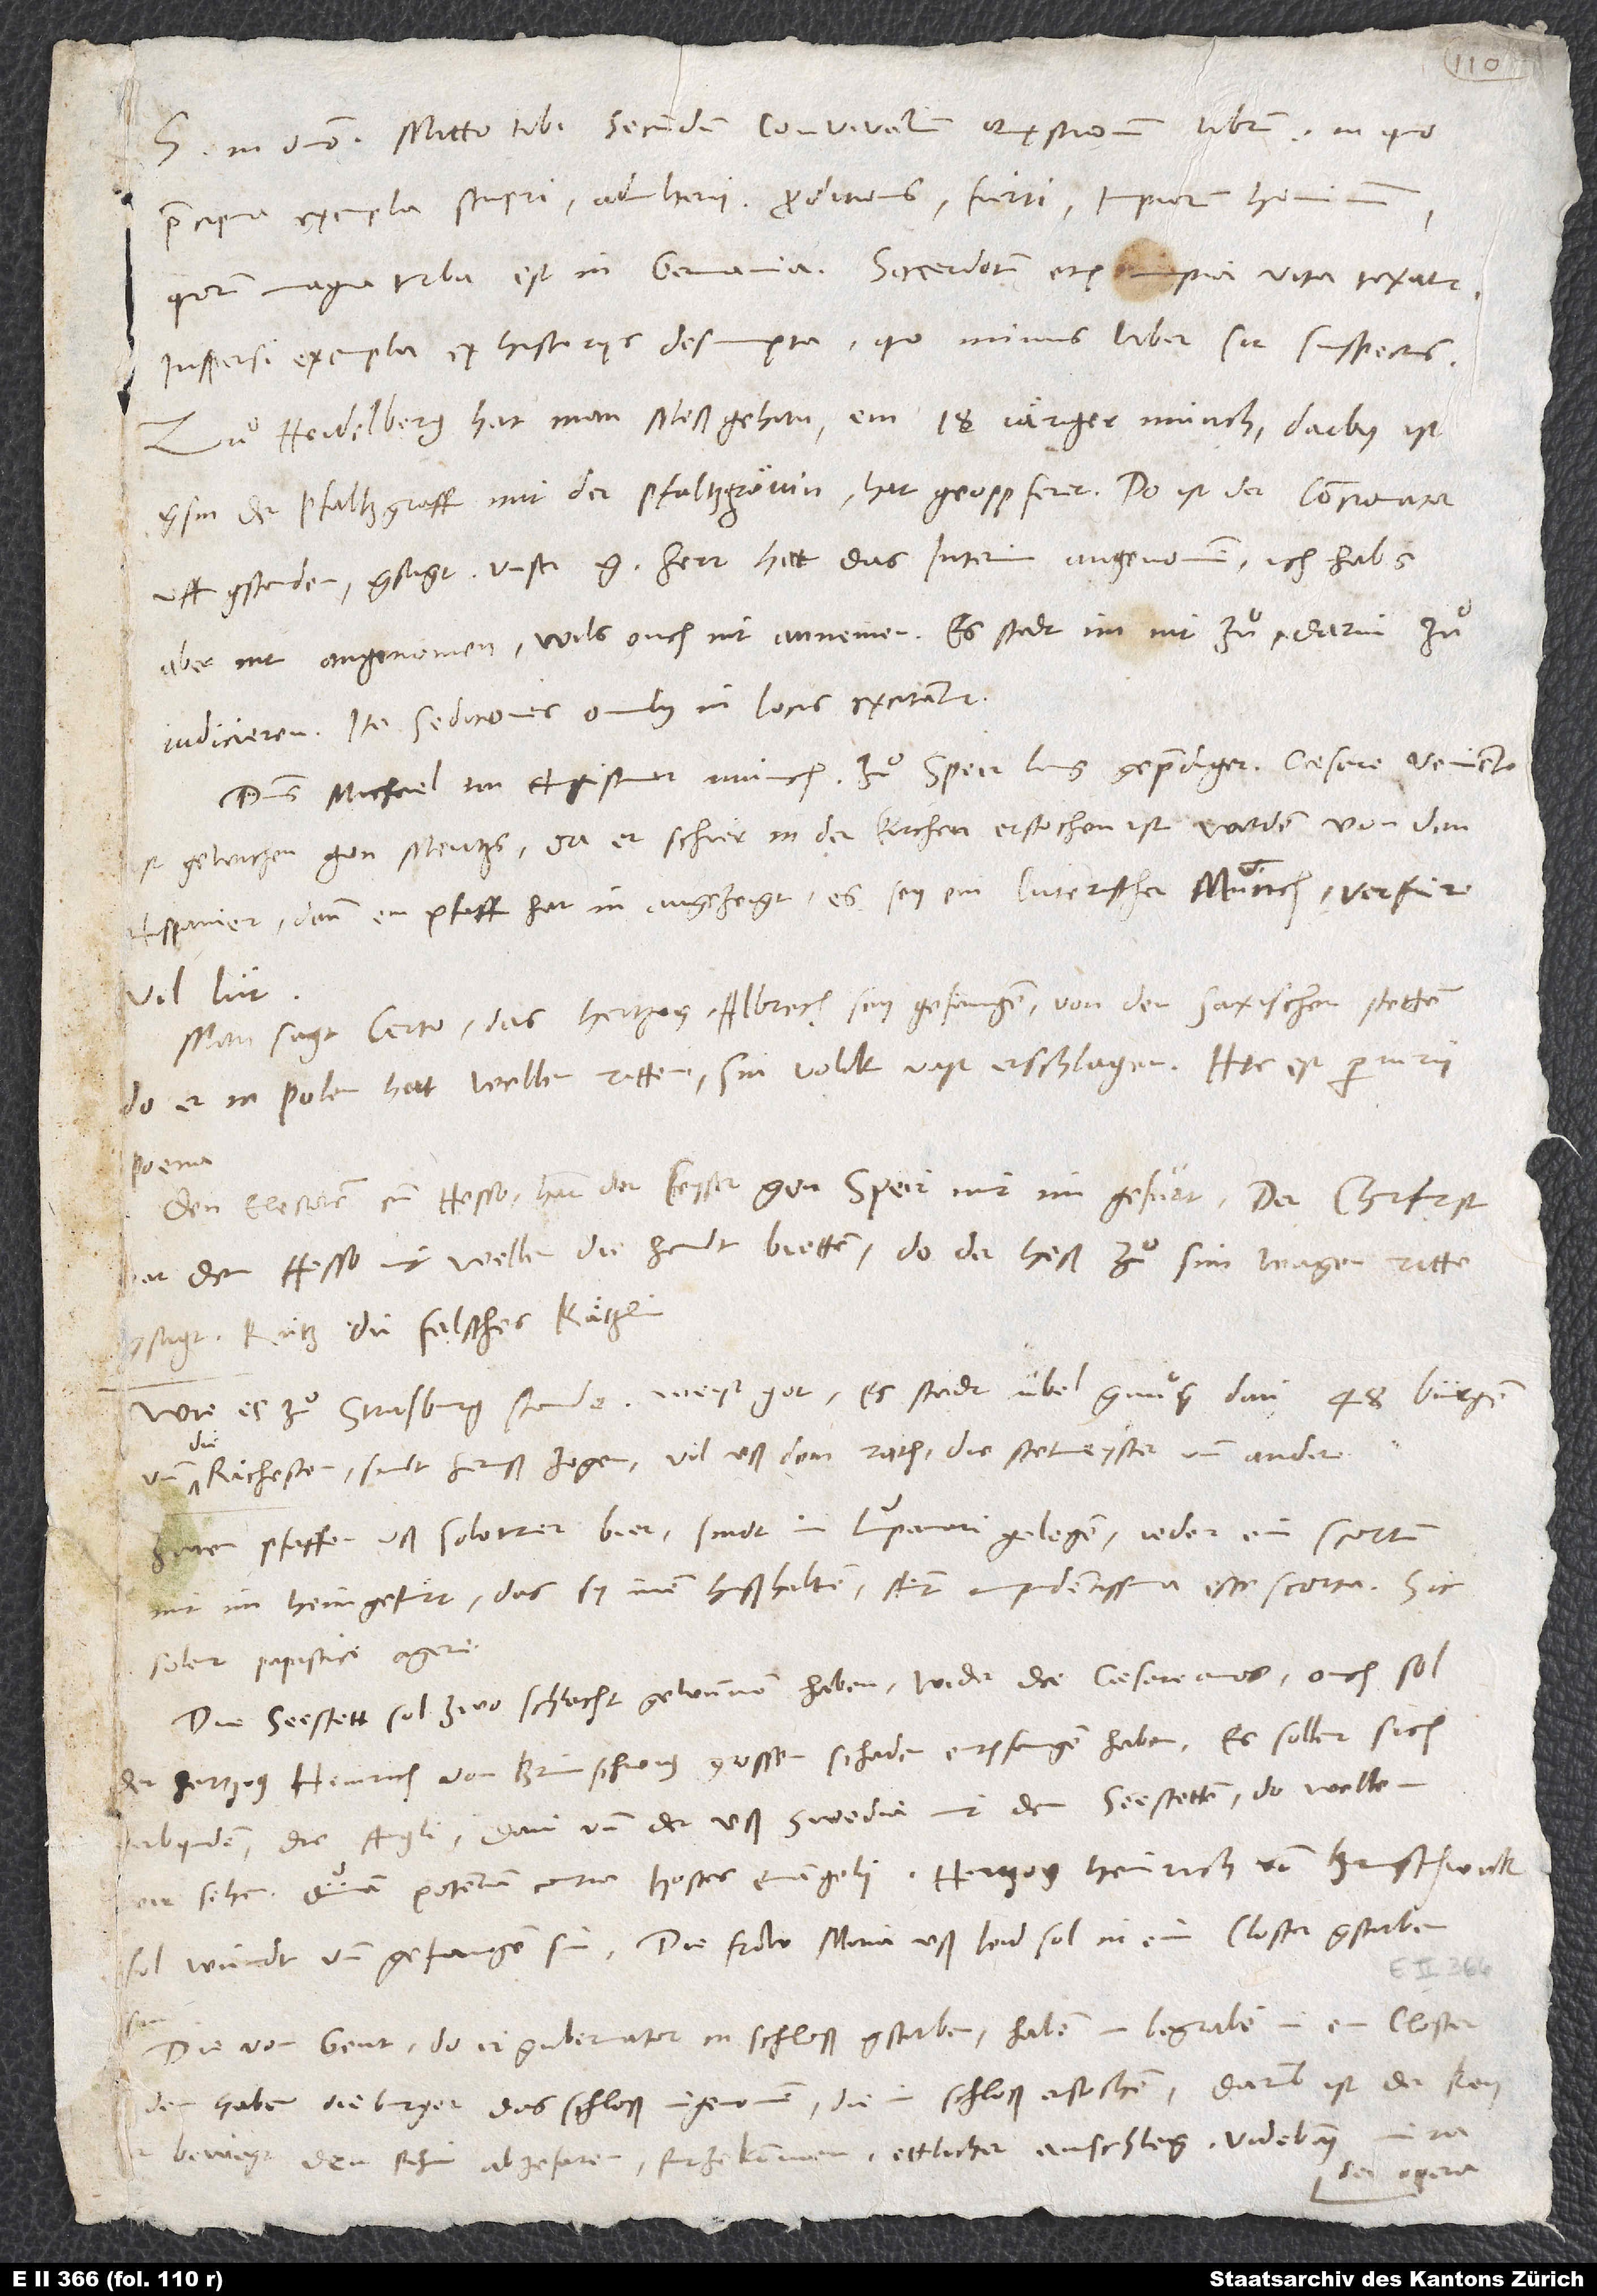
S. in domino. Mitto tibi secundum Convivalium quęstionum librum, in quo
praecipua exempla stupri, adulterii, proditionis, furti, impiorum hominum,
quorum magna turba est in Germania, sacerdotum etiam impia vita taxatur.
Inspersi exempla ex historiis desumpta, quo minus liber sit suspectus.
Zuͦ Heidelberg hat man meß gehan, ein 18järiger münch. Darby ist
gsin der pfaltzgraff mit der pfaltzgrävin, hat geopferet. Do ist der concionator
uffgstanden, gsagt: "Unser gnädiger herr hat das Interim angenomen; ich habs
aber nit angenomen, wils ouch nit annemen. Es stadt im nit zuͦ, darin zuͦ
judicieren." Ita seditiones omnibus in locis excitantur.
Dominus Michael, ein Augustiner münch, zuͦ Speir lang geprediget, Caesare veniente
ist gewichen gen Mentzs, da er schier in der kirchen erstochen ist worden von den
Hispanier; denn ein pfaff het in angezeigt, es sey ein luterischer münch, verfüre
vil lüt.
Man sagt certo, das hertzog Albrech sey gefangen von den saxischen stetten,
er in Polen hat wellen ritten, sin volck vast erschlagen. Hęc est periurii
poena.
Den electorem cum Hesso hat der keyser gon Speir mit im gefuͤrt. Der churfurst
hat dem Hesso nit wellen die handt bieten, do der Heß zuͦ sim wagen ritte,
Wie es zuͦ Straßburg stande, weist got. Es stadt übel gnuͦg; dan 48 bürger,
und die richesten, sind heruß zogen, vil uß dem rath, die stetmeyster und andere.
Zwen pfeiffer uß Soloturer biet sindt in lupanari gelegen, jeder ein scortum
mit im heimgefürt, das sy inen hußhalten. Aiunt impudentissima esse scorta. Sic
solent papistici agere.
Die Seestett sol zwo schlacht gewunnen haben wider die Caesareanos. Ouch sol
der hertzog Heinrich von Brunschwig grossen schaden entpfangen haben. Es sollen sich
verbynden die Angli, Dani und die uß Swedia mit den Seestetten; do wellen
wir sehen divinam potentiam contra hostes evangelii. Hertzog Heinrich von Brunschwick
sol wundt und gefangen sin; die frow Maria uß leid sol in ein closter gstorben
Die von Gent, do ir gubernator in schloß gstorben, haben in begraben in ein closter;
bewegt, den Rhin ab ze faren, furzekummen ettlicher anschleg. Videbimus miranda
opera.